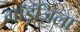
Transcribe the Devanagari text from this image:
गॉड़ज़िला